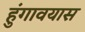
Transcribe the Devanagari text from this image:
हुंगावयास